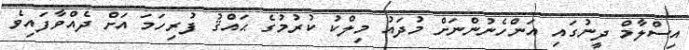
އިސްލާމް ދީނުގައި އަންހެނުންނަށް މުދައު މިލްކު ކުރުމުގެ ޙައްޤު ފުރިހަމަ އަށް ދެއްވާފައިވެ